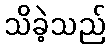
သိခဲ့သည်